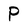
Character: P